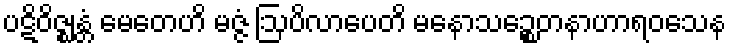
ပဋိဝိဇ္ဈန္တံ မေတေဟိ မဇ္ဇံ ဩပိလာပေတိ မနောသဉ္စေတနာဟာရဝသေန